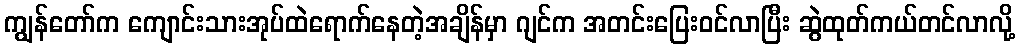
ကျွန်တော်က ကျောင်းသားအုပ်ထဲရောက်နေတဲ့အချိန်မှာ ဂျင်က အတင်းပြေးဝင်လာပြီး ဆွဲထုတ်ကယ်တင်လာလို့